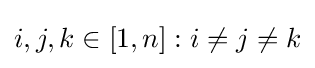
i,j,k\in [1,n]:i\neq j\neq k